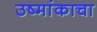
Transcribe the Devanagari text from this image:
उष्मांकाचा